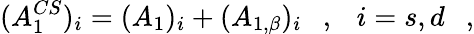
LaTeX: (A_{1}^{CS})_{i}=(A_{1})_{i}+(A_{1,\beta})_{i}~~~,~~~i=s,d~~~,